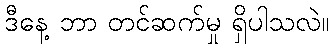
ဒီနေ့ ဘာ တင်ဆက်မှု ရှိပါသလဲ။